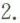
2.